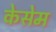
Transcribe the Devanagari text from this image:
केसेम